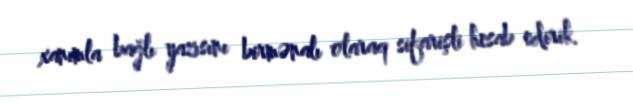
xanımla bağlı yazısını birmənalı olaraq sifarişli hesab edirik.